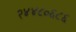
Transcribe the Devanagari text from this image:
२४४८०६८६